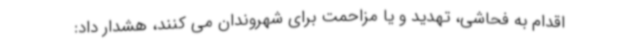
اقدام به فحاشی، تهدید و یا مزاحمت برای شهروندان می کنند، هشدار داد: